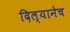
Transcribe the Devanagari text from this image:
दिल्यानेच